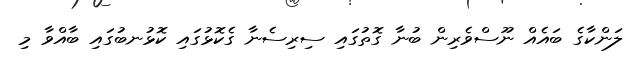
ލަންކާގެ ބައެއް ނޫސްވެރިން ބުނާ ގޮތުގައި ސިރިސެނާ ގެކޮޅުގައި ކޮޅުނބުގައި ބާއްވާ މި